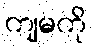
ကျမကို